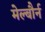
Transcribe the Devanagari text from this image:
मेल्बौर्न